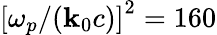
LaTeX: {\left[\omega_{p}/{\left(\mathbf{k}_{0}c\right)}\right]}^{2}=160